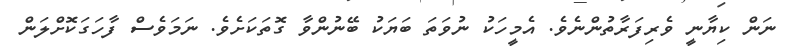
ނަން ކިޔާނީ ވެރިފަރާތުންނެވެ. އެމީހަކު ނުވަތަ ބަޔަކު ބޭނުންވާ ގޮތަކަށެވެ. ނަމަވެސް ފާހަގަކޮށްލަން